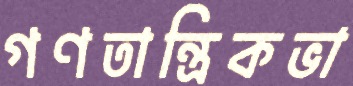
গণতান্ত্রিকভা